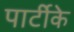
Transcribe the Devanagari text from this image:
पार्टीके